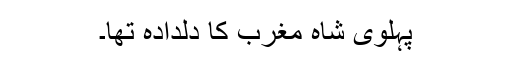
پہلوی شاہ مغرب کا دلدادہ تھا۔